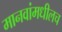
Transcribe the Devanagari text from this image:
मानवांमधीलच